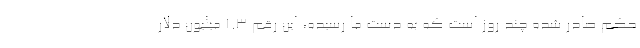
حکم صادر شده چند روز است که به دست ما رسیده، این رقم 1.3 میلیون دلار